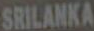
SRILANKA